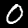
Digit: 0